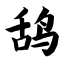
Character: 鸹